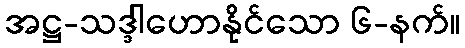
အဋ္ဌ-သဒ္ဒါဟောနိုင်သော ၆-နက်။